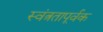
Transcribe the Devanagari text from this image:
स्वंत्रतापूर्वक